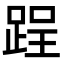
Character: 𨁎